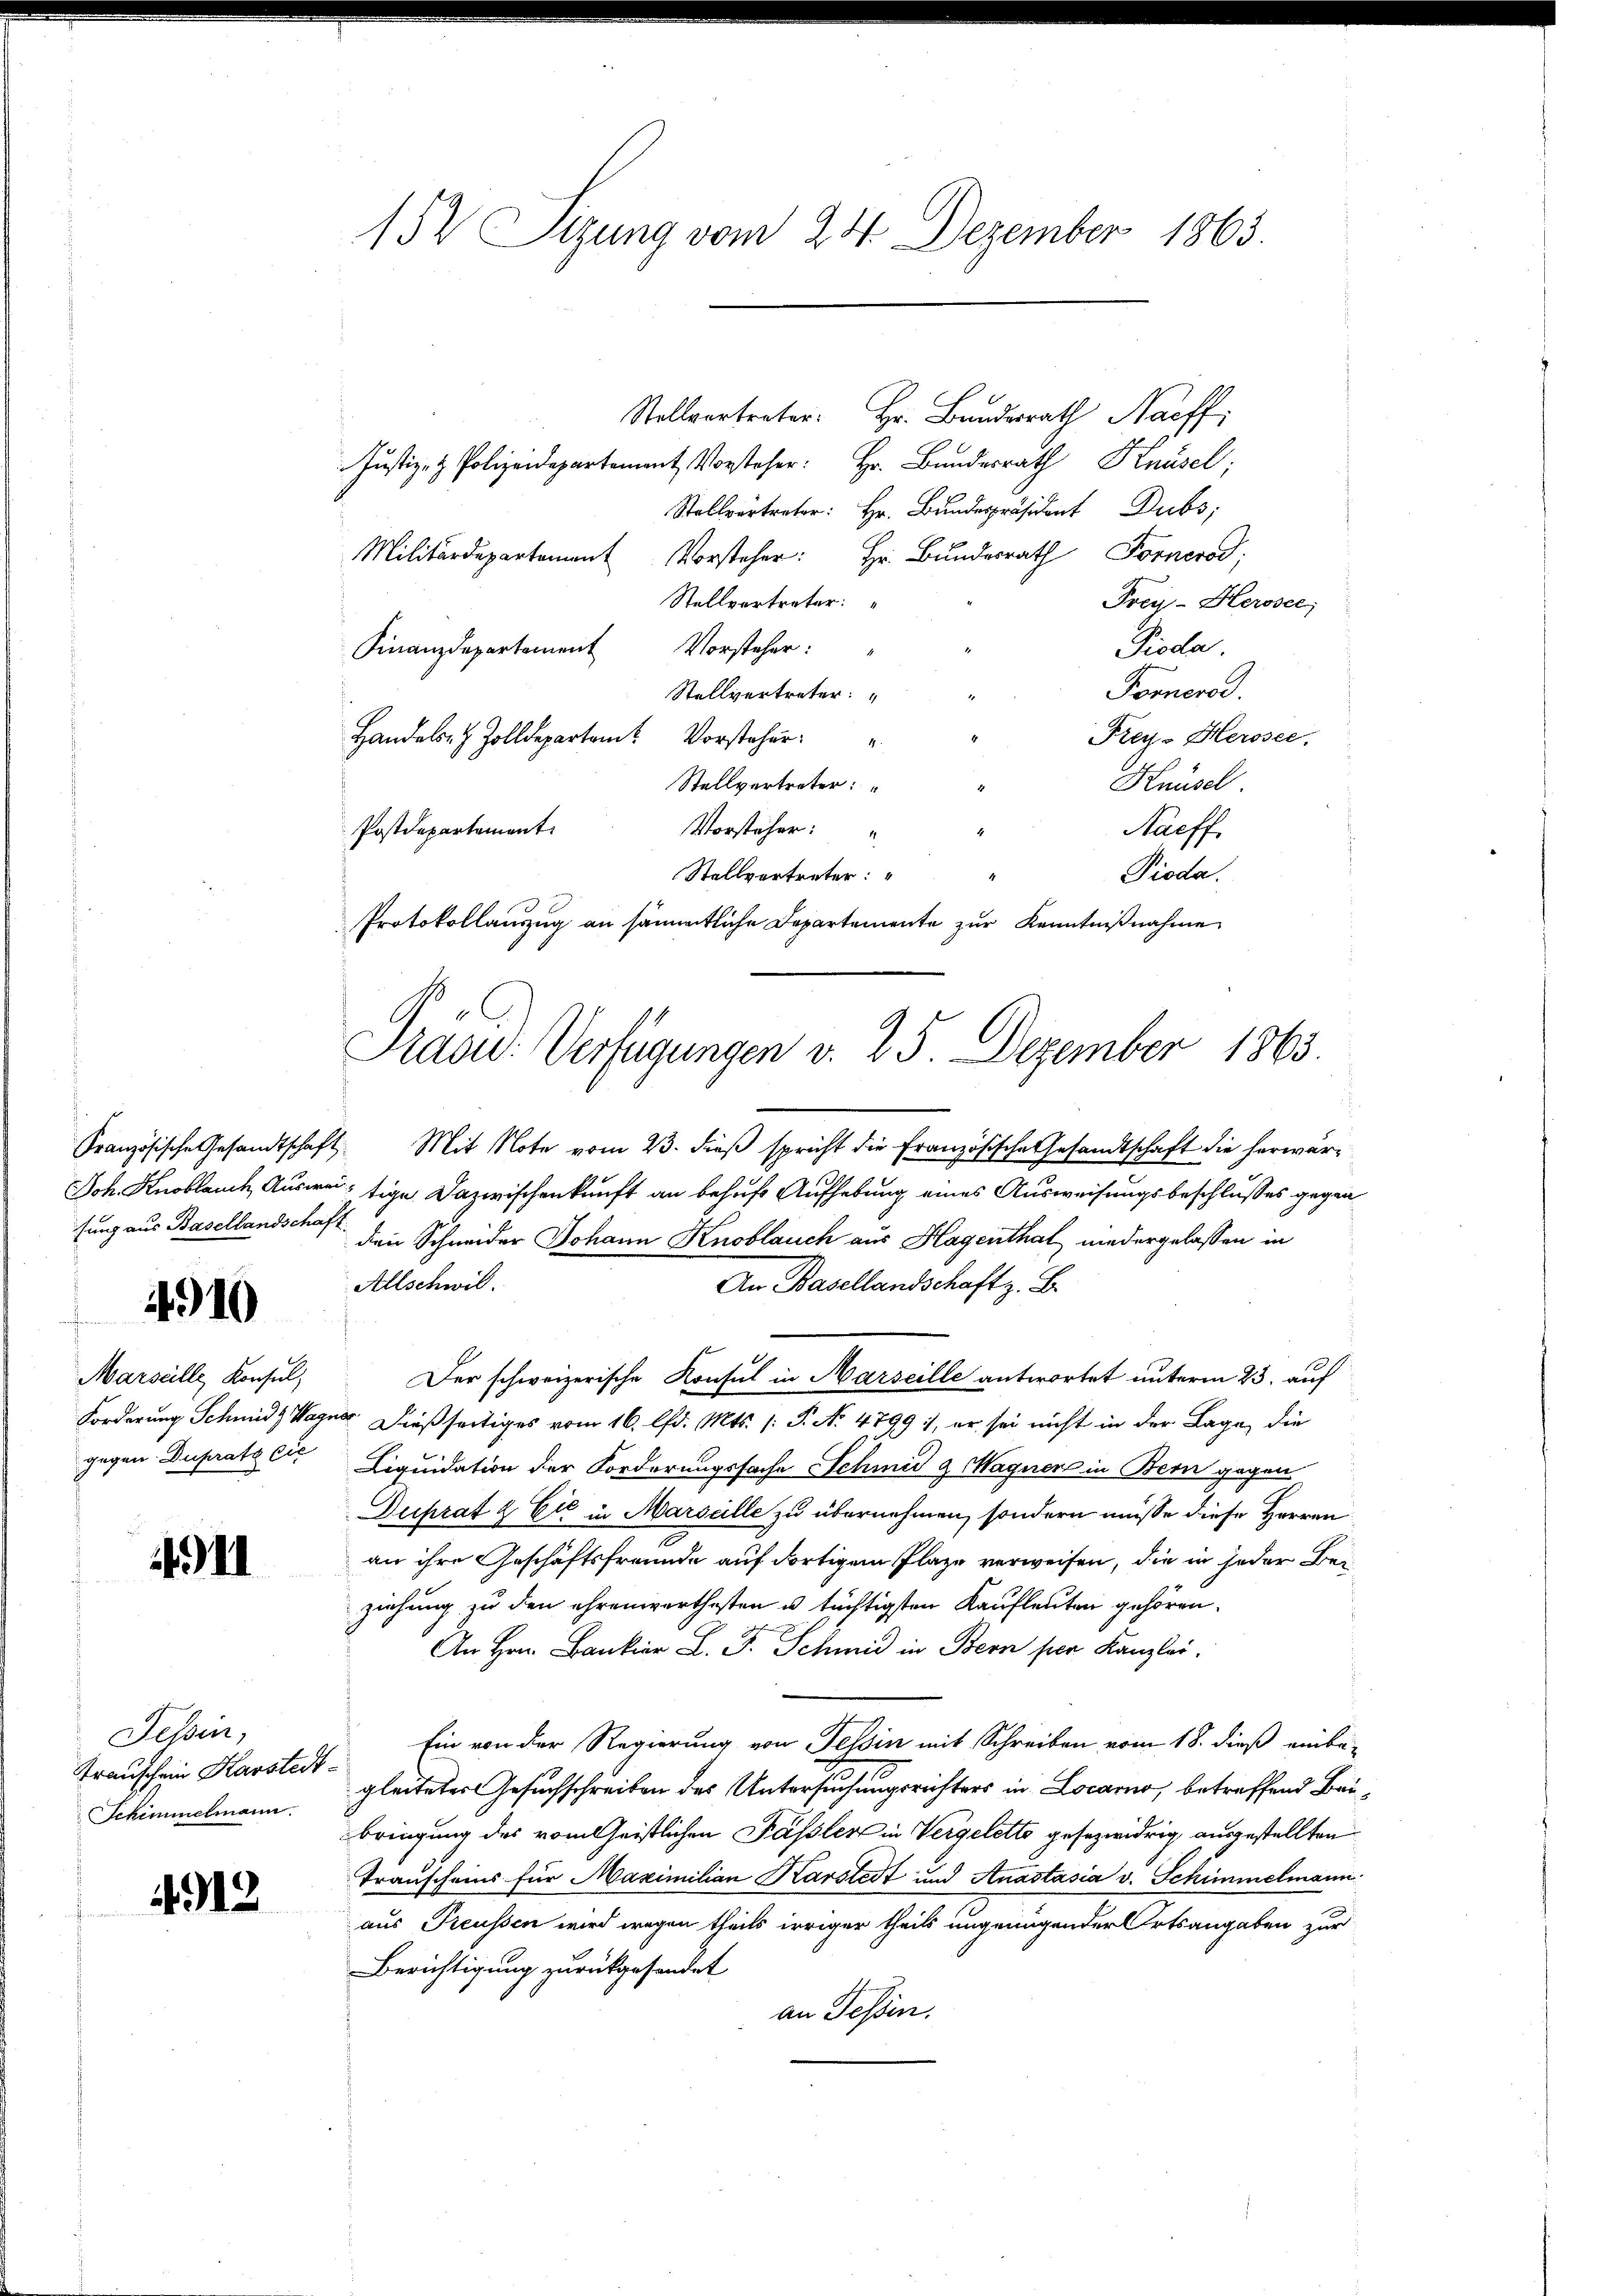
sung aus Basellandschaft

4910

Marseille, Konsul,
gegen Duprato cic

4911

Tessin,
Trauschein Karstedt-
Schimmelmann.

912

152 Sizung vom 23. Dezember 1863.

Stellvertreter: Hr. Bundesrath Neff
Justiz- & Polizeidepartement Vorsteher: Hr. Bundesrath Knüsel;
Stellvertreter: Hr. Bundespräsident Dubs,
Militärdepartement Vorsteher: Hr. Bundesrath Fornerod;
Stellvertreter:
Preis-Herosee;
Pioda.
Finanzdepartement Vorsteher:
Forneros.
Stellvertreter:
Frey- Herosee.
Hande Zolldeparten Vorsteher
Knüsel
Stellvertreter:
Vorsteher:
Postdepartement.
Naeff
Stellvertreter:
Pioda.
2
Protokollauszug an sämmtliche Departemente zur Kenntnißnahme

Präsid.: Verfügungen v. 25. Dezember 1863.

Französische Gesandtschaft. Mit Note vom 23. dieß spricht die Französische Gesandtschaft die herwär¬
Joh. Knoblauch Ausweitige Dazwischenkunft an behufs Aufhebung eines Ausweisungsbeschlusses gegen
den Schneider Johann Knoblauch aus Hagenthal niedergelassen in
An Basellandschaft z. B.
Allschwil.
Der schweizerische Konsul in Marseille antwortet unterm 23. auf
Forderung Schmidt Wagner. Dießseitiges vom 16. l. Mts. (: P. No 4799), er sei nicht in der Lage, die
Liquidation der Forderungssache Schmid & Wagner in Bern gegen
Duprat & Cie in Marseille zu übernehmen, sondern müsse diese Herren
an ihre Geschäftsfreunde auf dortigem Plaze verweisen, die in jeder Bei
ziehung zu den ehrenwerthesten u. tüchtigsten Kaufleuten gehören.
A . J. Schmid in Bern per Kanzlei.
Ein von der Regierung von Felsin mit Schreiben vom 18. dieß einbe-
gleiteter Gesuchschreiben des Untersuchungsrichters in Locarno, betreffend Baubringung des vom leistlichen Passler in Vergeletto gesezwidrig ausgestellten
Transcheins für Maximilian Karstedt und Anastasia v. Schimmelmann:
aus Freussen wird wegen theils irriger theils ungenügender Ortsangaben zur
Berichtigung zurückgesendet
an Tessin.